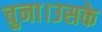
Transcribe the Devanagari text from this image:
चुना।उसके